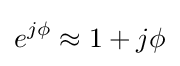
e^{j\phi }\approx 1+j\phi